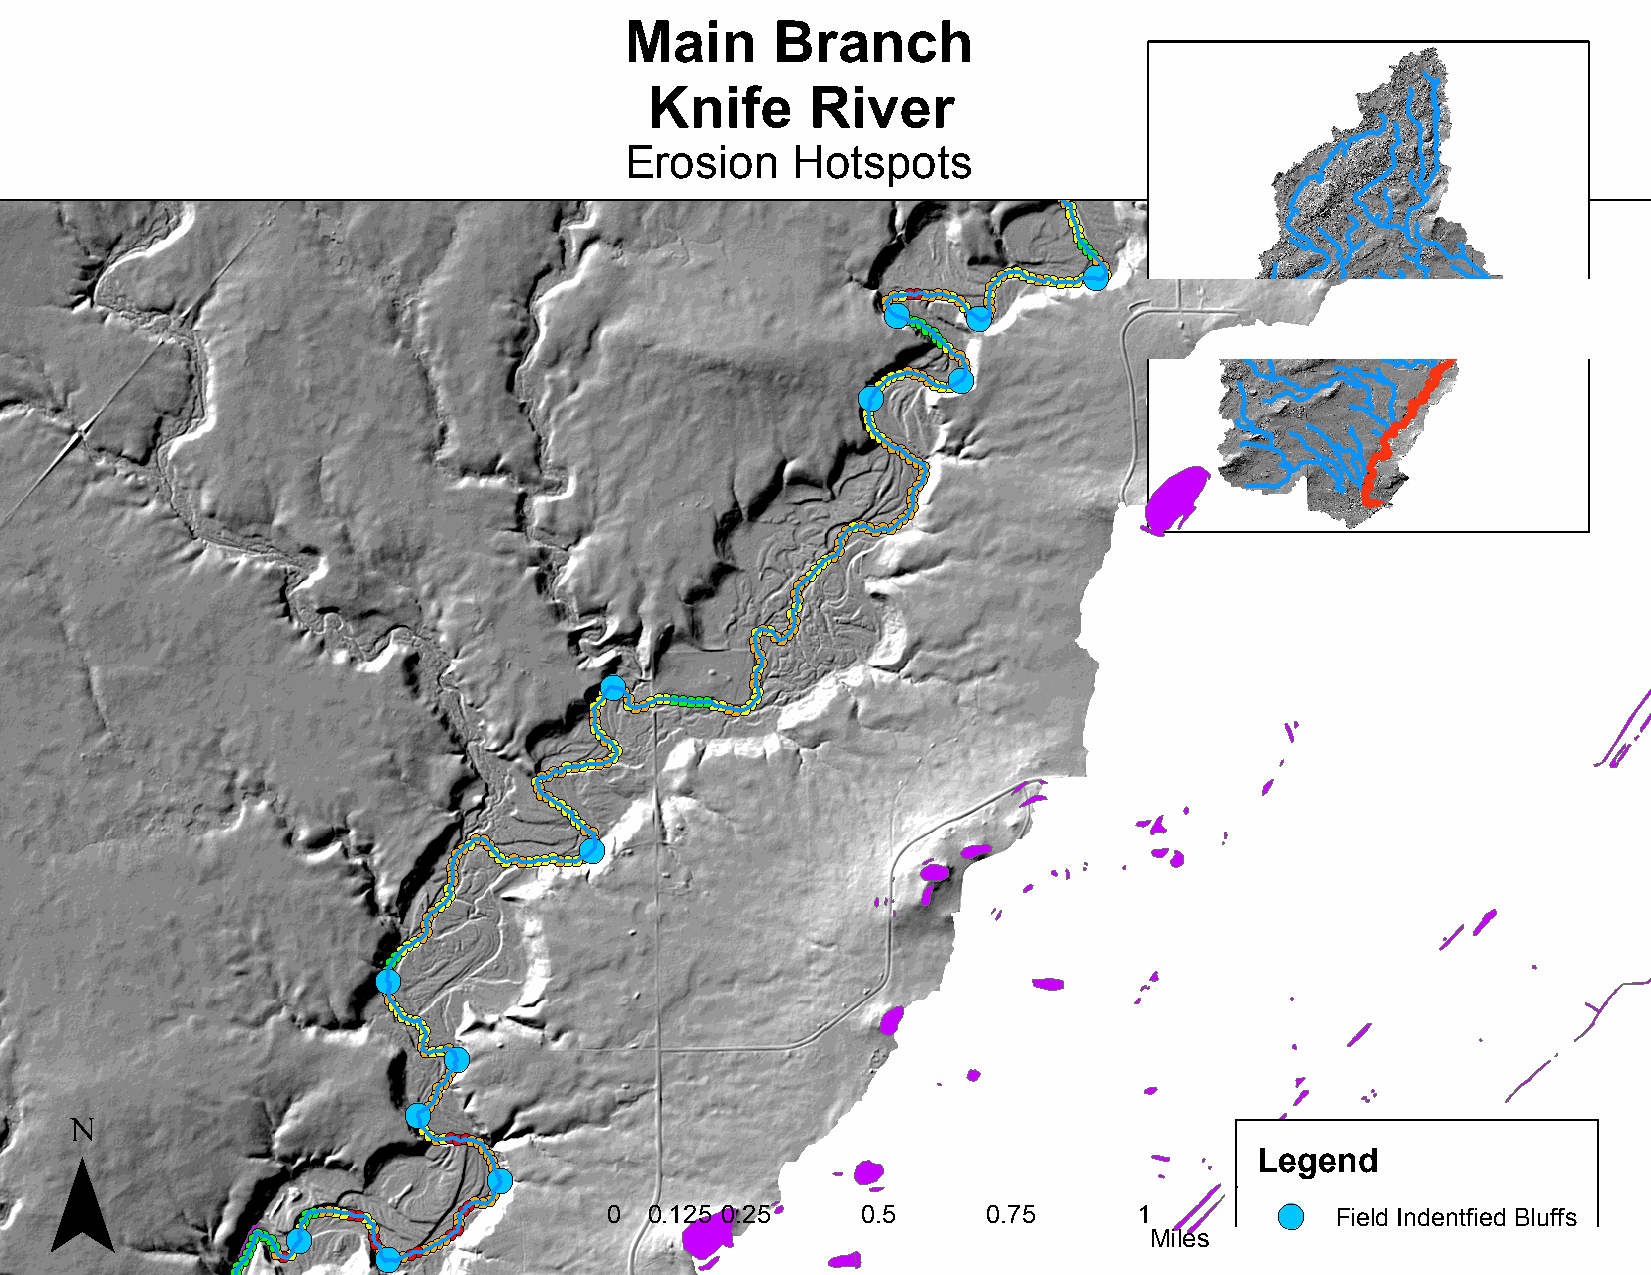
Main      Branch
 Knife      River
 Erosion    Hotspots
 !(!(
 !(!(!(!(
 !( !( !(!(!(!(!( !(
 !(
 !(
 !(
 !(
 !(!(!(!(!(!(!(!(!(!(!(!(!(!( !(!(
 !(
 !(!(!(
 !(!( !(
 !( !(!( !(!( !(!( !(!( !(!( !(!( !(!( !(!(!( !(!( !(!(!( !(!(!( !(!(!(!(!( !(
 !(!(
 !(
 !(!(!(!(!(!(!(!(!(!(!(!(!(!( !(!(!(
 !(
 !(
 !(!(
 !(
 !(!(!(!(!(!(!(!(!(
 !(
 !(!(!(
 !(
 !(
 !(!(!(!(!(!(!(!(!(!(!(
 !(
 !(!(!(!(!(
 !(!(!(
 !(
 !(
 !(
 !(
 !(
 !(!(!(!(!(!(!(!(
 !(
 !(
 !(
 !(
 !(!(!(!(!(
 !(!(!(
 !(!(
 !(!(!(!(!(!(!(!(!(!(!(!(!(!(!(!(!(!(
 !(!(
 !(
 !(!(!(!(
 !(
 !(!(!(!(!(!(!(!(!(!(!(!(!(
 !(!(!(!(!(!(!(!(
 !(!(!(!(!(!(!(!( !(!( !(!( !(!(!(
 !(!(!(
 !(!( !(!(!( !(!( !(
 !(
 !(
 !(
 !(
 !(!(!(!(!(
 !(
 !(
 !(!(!(!(!(
 !(
 !(!(!(
 !(
 !(
 !(!(!(!(!(!(!(!(
 !(
 !(!(!(!(!(!(!(
 !(
 !(!(
 ¯
 !(!(!(
 !(
 !(!(!(!(!(
 !(
 !(!(!(!(!(!(!(!(!(!(!(
 !(                                                 Legend
 !(!(
 !(!(
 !(
 !(
 !(!(!(!(!(!(!(!( !( !(!(!(!( !(!(
 !(!(!(!(!( !(!(!(!(!(!(!(!(
 !(!( !(!(!(
 !(!(!(!(
 !(!(!(!(!(!(!(!(!( !(!(!(!(!(!( 0 0.125 0.25 0.5 0.75 1
 Miles
 !( Field Indentfied Bluffs
 !(
 !(
 !(
 !(
 !(